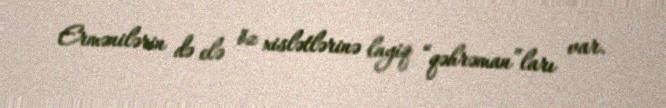
Ermənilərin də elə öz xislətlərinə layiq “qəhrəman”ları var.